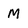
Character: M